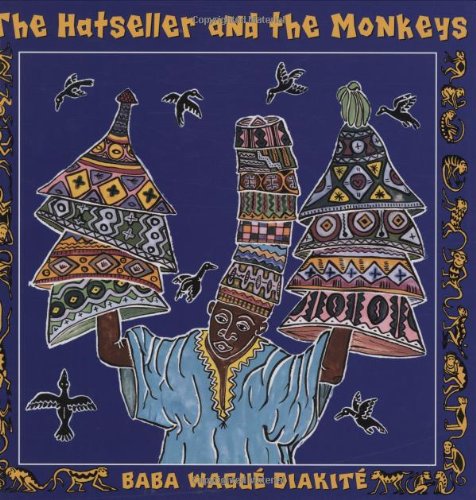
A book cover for The Hatseller And The Monkeys; Baba Wague Diakite; Children's Books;